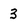
Character: 3